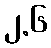
၂.၆